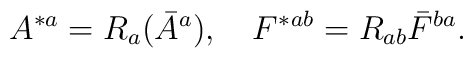
A^{*a}=R_a(\bar A^a),\quad F^*{}^{ab}=R_{ab}\bar F^{ba}.